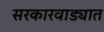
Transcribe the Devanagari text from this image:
सरकारवाड्यात